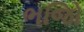
ભજિો